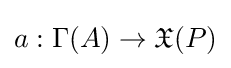
a:\Gamma (A)\to {\mathfrak {X}}(P)